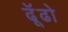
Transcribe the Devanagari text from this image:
ढूॅढो